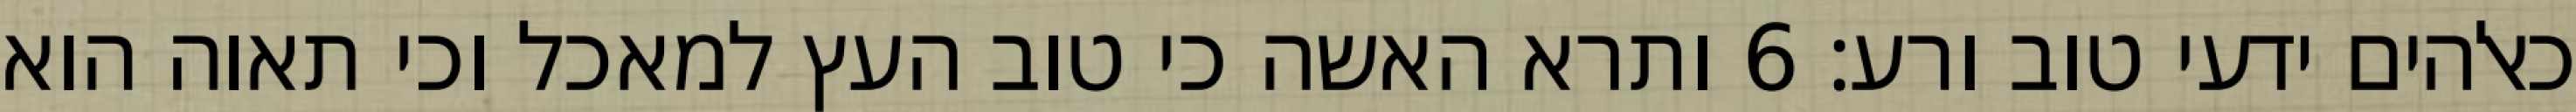
כאלהים ידעי טוב ורע׃ ‎6‏ ותרא האשה כי טוב העץ למאכל וכי תאוה הוא